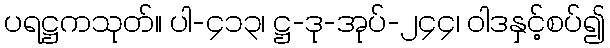
ပရဋ္ဌကသုတ်။ ပါ-၄၁၃၊ ဋ္ဌ-ဒု-အုပ်-၂၄၄၊ ဝါဒနှင့်စပ်၍